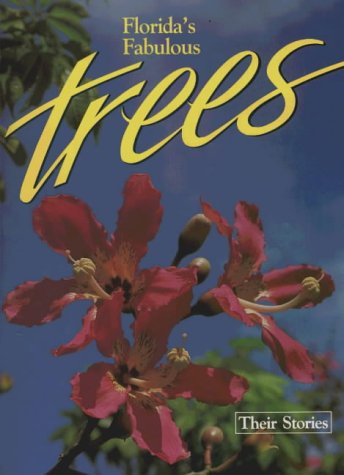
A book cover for Florida's Fabulous Trees: Their Stories; Winston Williams; Crafts, Hobbies & Home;